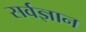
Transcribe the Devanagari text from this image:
सर्वज्ञान